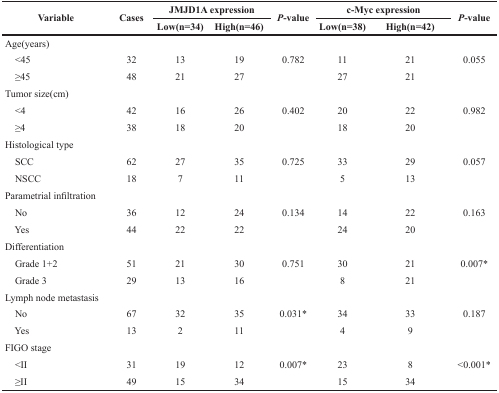
| <ROWSPAN=2> Variable | <ROWSPAN=2> Cases | <COLSPAN=2> JMJD1A expression | <ROWSPAN=2> P-value | <COLSPAN=2> c-Myc expression | <ROWSPAN=2> P-value |
 | Low(n=34) | High(n=46) | Low(n=38) | High(n=42) |
 | --- | --- | --- | --- | --- | --- | --- | --- |
 | <COLSPAN=8> Age(years) |
 | <45 | 32 | 13 | 19 | 0.782 | 11 | 21 | 0.055 |
 | ≥45 | 48 | 21 | 27 |  | 27 | 21 |  |
 | <COLSPAN=8> Tumor size(cm) |
 | <4 | 42 | 16 | 26 | 0.402 | 20 | 22 | 0.982 |
 | ≥4 | 38 | 18 | 20 |  | 18 | 20 |  |
 | <COLSPAN=8> Histological type |
 | SCC | 62 | 27 | 35 | 0.725 | 33 | 29 | 0.057 |
 | NSCC | 18 | 7 | 11 |  | 5 | 13 |  |
 | <COLSPAN=8> Parametrial infiltration |
 | No | 36 | 12 | 24 | 0.134 | 14 | 22 | 0.163 |
 | Yes | 44 | 22 | 22 |  | 24 | 20 |  |
 | <COLSPAN=8> Differentiation |
 | Grade 1+2 | 51 | 21 | 30 | 0.751 | 30 | 21 | 0.007* |
 | Grade 3 | 29 | 13 | 16 |  | 8 | 21 |  |
 | <COLSPAN=8> Lymph node metastasis |
 | No | 67 | 32 | 35 | 0.031* | 34 | 33 | 0.187 |
 | Yes | 13 | 2 | 11 |  | 4 | 9 |  |
 | <COLSPAN=8> FIGO stage |
 | <II | 31 | 19 | 12 | 0.007* | 23 | 8 | <0.001* |
 | ≥II | 49 | 15 | 34 |  | 15 | 34 |  |